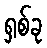
ရှစ်ခု